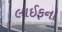
લાઈફનો